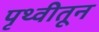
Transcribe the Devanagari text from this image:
पृथ्वीतून